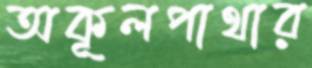
অকূলপাথার